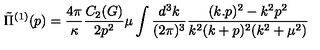
\tilde { \Pi } ^ { ( 1 ) } ( p ) = \frac { 4 \pi } { \kappa } \frac { C _ { 2 } ( G ) } { 2 p ^ { 2 } } \mu \int \frac { d ^ { 3 } k } { ( 2 \pi ) ^ { 3 } } \frac { ( k . p ) ^ { 2 } - k ^ { 2 } p ^ { 2 } } { k ^ { 2 } ( k + p ) ^ { 2 } ( k ^ { 2 } + \mu ^ { 2 } ) }